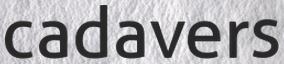
cadavers